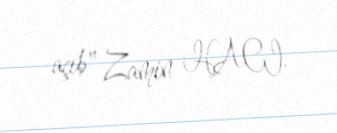
açıb" Zamin HACI.